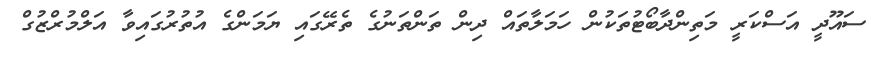
ސައޫދީ އަސްކަރީ މަތިންދާބޯޓުތަކުން ހަމަލާތައް ދިން ތަންތަނުގެ ތެރޭގައި ޔަމަންގެ އުތުރުގައިވާ އަލްމުރްޒުގް